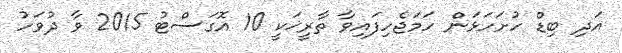
އަދި ބިޑް ހުށަހަޅަން ހަމަޖެހިފައިވާ ތާރީޚަކީ 10 އޮގަސްޓު 2015 ވާ ދުވަހު